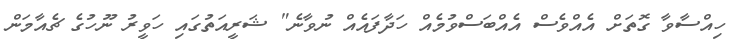
ހިއްސާވާ ގޮތަށް އެއްވެސް އެއްބަސްވުމެއް ހަދާފައެއް ނުވާނެ" ޝަރީއަތުގައި ހަވީރު ނޫހުގެ ޗެއާމަން